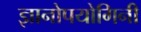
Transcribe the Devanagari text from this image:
ज्ञानोपयोगिनी